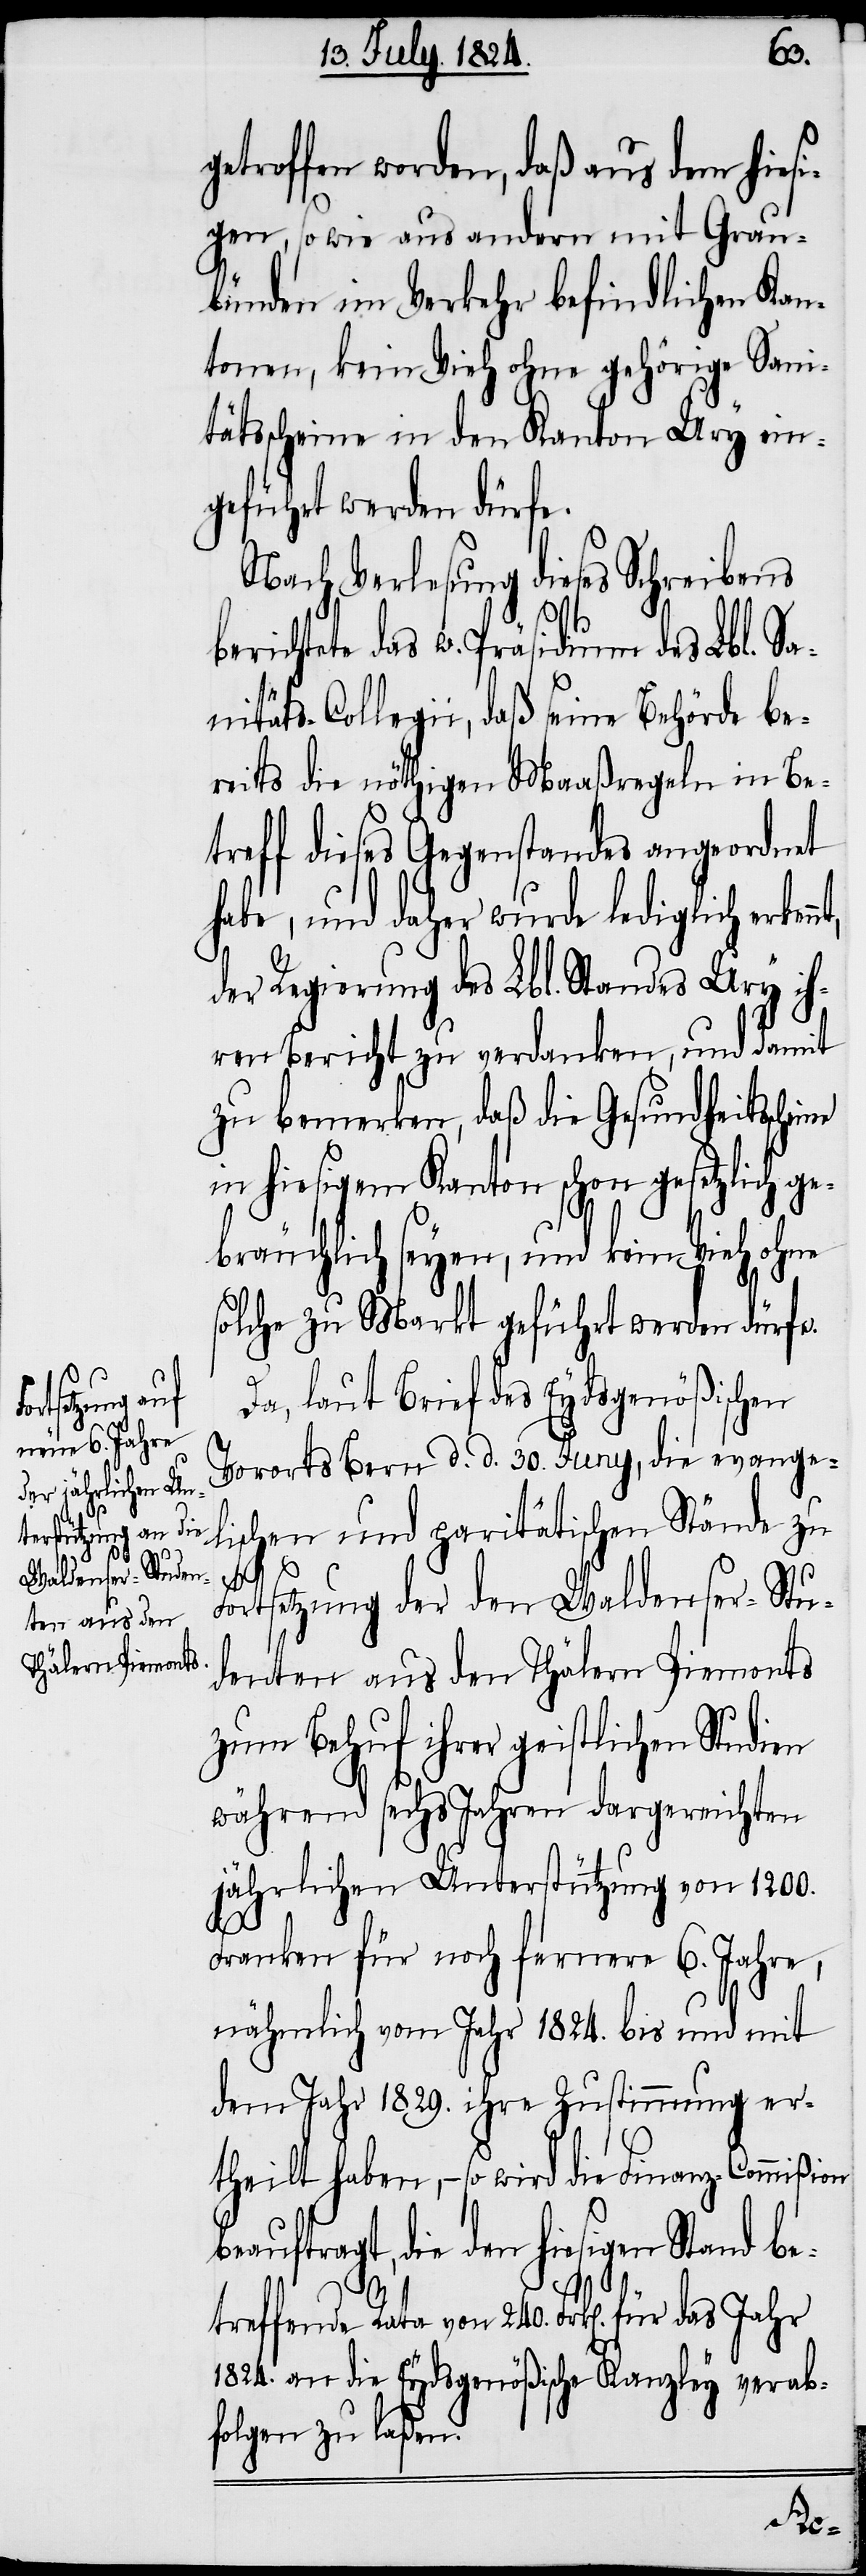
beau¬
getroffen worden, daß aus dem hiesi¬
gen, so wie aus andern mit Grau¬
bünden im Verkehr befindlichen Kan¬
tonen, kein Vieh ohne gehörige Sani¬
tätsscheine in den Kantonen Ury ein¬
geführt werden dürfe.
Nach Verlesung dieses Schreibens
richtete das w. Präsidium des Lbl. Sa¬
nitäts-Collegii, daß seine Behörde be¬
reits die nöthigen Maaßregeln in Be¬
treff dieses Gegenstandes angeordnet
habe, und daher wurde lediglich erken¬
der Regierung des Lbl. Standes Ury ih¬
ren Bericht zu verdanken, und damit
zu bemerken, daß die Gesundheitssche¬
in hiesigem Kanton schon gesetzlich ge¬
bräuchlich seyen, und kein Vieh ohne
solche zu Markt geführt werden dürfe.
Da, laut Brief des Eydsgenößischen
Vororts Bern d. d. 30. Juny, die evange¬
lischen und paritätischen Stände zu
ft¬
Fortsetzung der den Waldenser-Stu¬
denten aus den Thälern Piemonts
zum Behuf ihrer geistlichen Studien
während sechs Jahren dargereichten
jährlichen Unterstützung von 1200.
Franken für noch fernere 6. Jahre,
nämlich vom Jahr 1824. bis und mit
dem Jahr 1829. ihre Zustimmung er¬
theilt haben, – so wird die Finanz-Commißion
ragt, die den hiesigen Stand be¬
treffende Rata von 240. Frk[en]. a¬
n die Eydsgenößische Kanzley verab¬
folgen zu laßen.